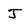
Character: J